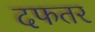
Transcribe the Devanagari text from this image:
दफतर